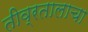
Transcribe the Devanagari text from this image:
तीव्रतालाचा